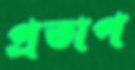
প্রতাপ